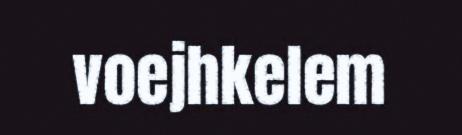
voejhkelem